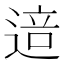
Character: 𰻅